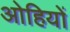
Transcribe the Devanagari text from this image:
ओहियों